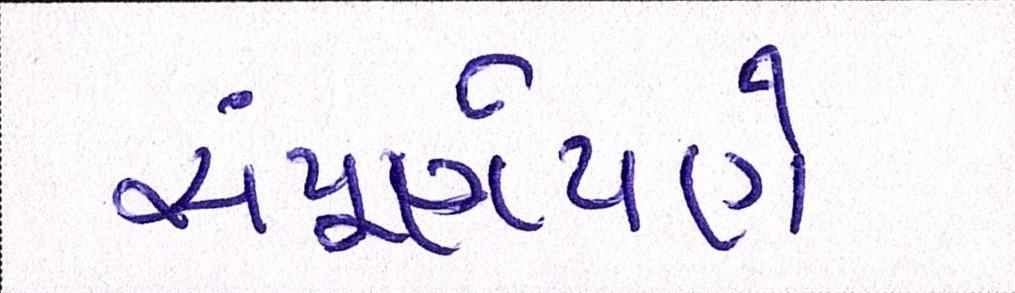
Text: સંપૂર્ણપણે